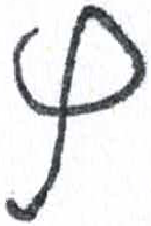
אות: ץ